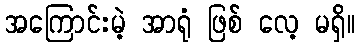
အကြောင်းမဲ့ အာရုံ ဖြစ် လေ့ မရှိ။